Annual report of the Civil Veterinary Department, Bengal, and of the Bengal Veterinary College for the year 1906-1907 - 1906-1907
Year: 1906
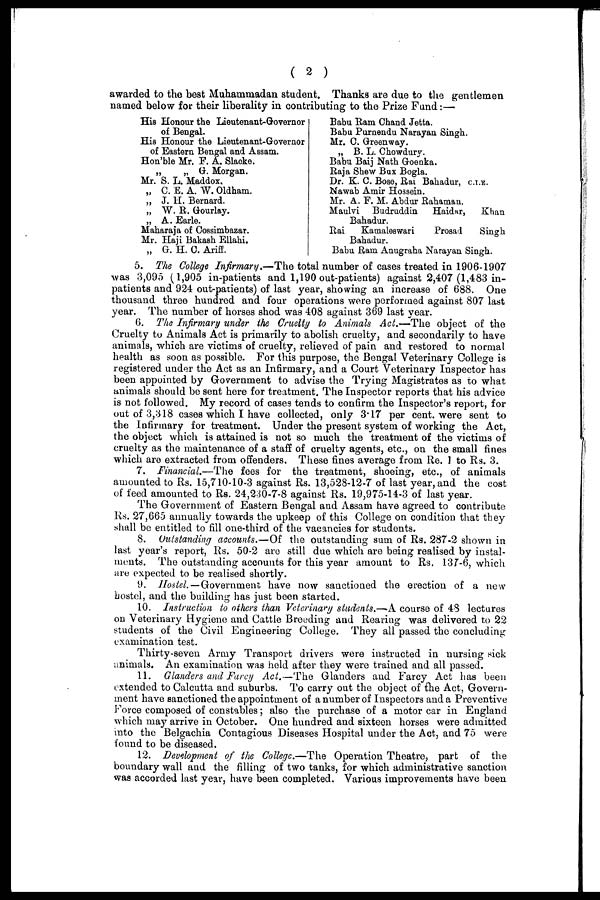
(2)
awarded to the best Muhammadan student. Thanks are due to the gentlemen
named below for their liberality in contributing to the Prize Fund:-
His Honour the Lieutenant-Governor
of Bengal.
His Honour the Lieutenant-Governor
of Eastern Bengal and Assam.
Hon'ble Mr. F. A. Slacke.
„
„ G. Morgan.
Mr. S. L. Maddox.
„ C. E. A. W. Oldham.
„ J. H. Bernard.
„ W. R. Gourlay.
„ A. Earle.
Maharaja of Cossimbazar.
Mr. Haji Bakash Ellahi.
„ G. H. C. Ariff.
Babu Ram Chand Jetta.
Babu Purnendu Narayan Singh.
Mr. C. Greenway.
„ B. L. Chowdury.
Babu Baij Nath Goenka.
Raja Shew Bux Bogla.
Dr. K. C. Bose, Rai Bahadur, C.I.E.
Nawab Amir Hossein.
Mr. A. F. M. Abdur Rahaman.
Maulvi Budruddin
Haidar,
Khan
Bahadur.
Rai
Kamaleswari
Prosad
Singh
Bahadur.
Babu Ram Anugraha Narayan Singh.
5. The College Infirmary.—The total number of cases treated in 1906-1907
was 3,095 (1,905 in-patients and 1,190 out-patients) against 2,407 (1,483 in-
patients and 924 out-patients) of last year, showing an increase of 688. One
thousand three hundred and four operations were performed against 807 last
year. The number of horses shod was 408 against 369 last year.
6. The Infirmary under the Cruelty to Animals Act.—The object of the
Cruelty to Animals Act is primarily to abolish cruelty, and secondarily to have
animals, which are victims of cruelty, relieved of pain and restored to normal
health as soon as possible. For this purpose, the Bengal Veterinary College is
registered under the Act as an Infirmary, and a Court Veterinary Inspector has
been appointed by Government to advise the Trying Magistrates as to what
animals should be sent here for treatment. The Inspector reports that his advice
is not followed. My record of cases tends to confirm the Inspector's report, for
out of 3,318 cases which I have collected, only 3.17 per cent. were sent to
the Infirmary for treatment. Under the present system of working the Act,
the object which is attained is not so much the treatment of the victims of
cruelty as the maintenance of a staff of cruelty agents, etc., on the small fines
which are extracted from offenders. These fines average from Re. 1 to Rs. 3.
7. Financial.—The fees for the treatment, shoeing, etc., of animals
amounted to Rs. 15,710-10-3 against Rs. 13,528-12-7 of last year, and the cost
of feed amounted to Rs. 24,230-7-8 against Rs. 19,975-14-3 of last year.
The Government of Eastern Bengal and Assam have agreed to contribute
Rs. 27,665 annually towards the upkeep of this College on condition that they
shall be entitled to fill one-third of the vacancies for students.
8. Outstanding accounts.—Of the outstanding sum of Rs. 287-2 shown in
last year's report, Rs. 50-2 are still due which are being realised by instal-
ments. The outstanding accounts for this year amount to Rs, 137-6, which
are expected to be realised shortly.
9. Hostel. — Government have now sanctioned the erection of a new
hostel, and the building has just been started.
10. Instruction to others than Veterinary students.—A course of 48 lectures
on Veterinary Hygiene and Cattle Breeding and Rearing was delivered to 22
students of the Civil Engineering College. They all passed the concluding
examination test.
Thirty-seven Army Transport drivers were instructed in nursing sick
animals. An examination was held after they were trained and all passed.
11. Glanders and Farcy Act.—The Glanders and Farcy Act has been
extended to Calcutta and suburbs. To carry out the object of the Act, Govern-
ment have sanctioned the appointment of a number of Inspectors and a Preventive
Force composed of constables; also the purchase of a motor car in England
which may arrive in October. One hundred and sixteen horses were admitted
into the Belgachia Contagious Diseases Hospital under the Act, and 75 were
found to be diseased.
12. Development of the College.—The Operation Theatre, part of the
boundary wall and the filling of two tanks, for which administrative sanction
was accorded last year, have been completed. Various improvements have been